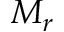
M _ { r }